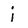
Character: j